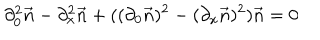
LaTeX: \partial _ { 0 } ^ { 2 } \vec { n } - \partial _ { x } ^ { 2 } \vec { n } + ( ( \partial _ { 0 } \vec { n } ) ^ { 2 } - ( \partial _ { x } \vec { n } ) ^ { 2 } ) \vec { n } = 0